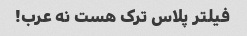
فیلتر پلاس ترک هست نه عرب!